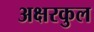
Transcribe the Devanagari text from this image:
अक्षरकुल